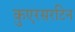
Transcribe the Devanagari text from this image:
कुएरसरटिन